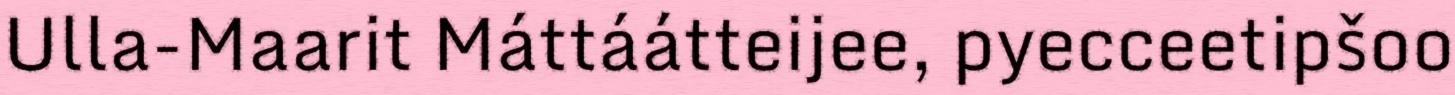
Ulla-Maarit Máttáátteijee, pyecceetipšoo